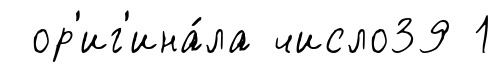
ор'иг'ина́ла число39 1